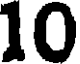
10